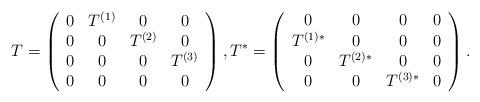
LaTeX: \begin{align*}T = \left(\begin{array}{cccc}0 & T^{(1)} & 0 & 0\\0 & 0 & T^{(2)} & 0\\0 & 0 & 0 & T^{(3)}\\0 & 0 & 0 & 0\end{array}\right),T^* = \left(\begin{array}{cccc}0 & 0 & 0 & 0\\T^{(1)*} & 0 & 0 & 0\\0 & T^{(2)*} & 0 & 0\\0 & 0 & T^{(3)*} & 0\end{array}\right).\end{align*}